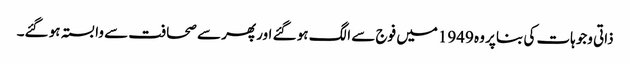
ذاتی وجوہات کی بنا پر وہ 1949میں فوج سے الگ ہو گئے اور پھر سے صحافت سے وابستہ ہو گئے۔